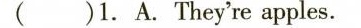
( )1.A.They're apples.